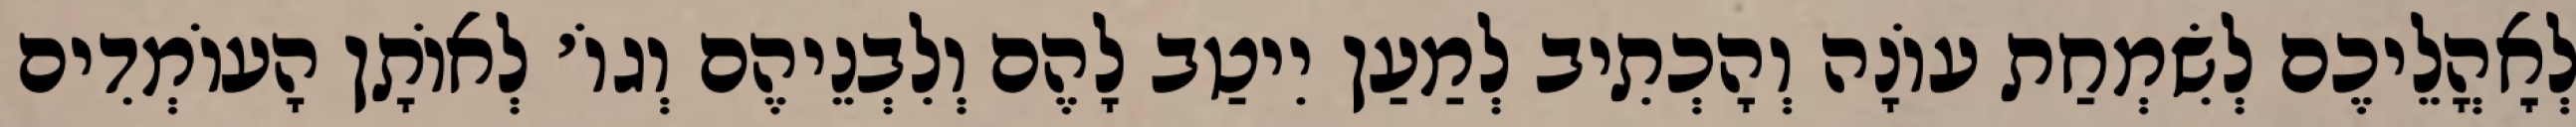
לְאׇהֳלֵיכֶם לְשִׂמְחַת עוֹנָה וְהָכְתִיב לְמַעַן יִיטַב לָהֶם וְלִבְנֵיהֶם וְגוֹ׳ לְאוֹתָן הָעוֹמְדִים